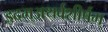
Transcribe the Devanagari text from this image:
इदम्‌अथर्वशीर्षम्‌